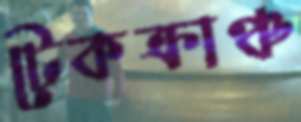
টেকক্রাঞ্চ